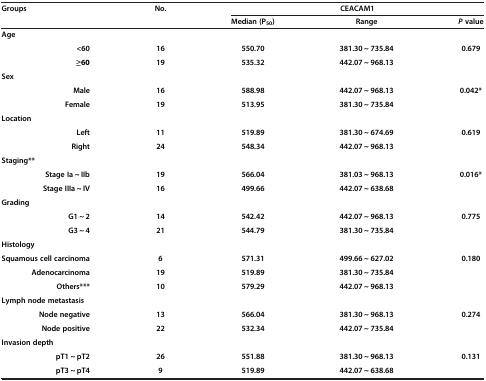
<table><thead><tr><td><b>Groups</b></td><td><b>No.</b></td><td colspan="3"><b>CEACAM1</b></td></tr><tr><td><b> </b></td><td><b> </b></td><td><b>Median (P<sub>50</sub>)</b></td><td><b>Range</b></td><td><b><i>P </i>value</b></td></tr></thead><tbody><tr><td><b>Age</b></td><td> </td><td> </td><td> </td><td> </td></tr><tr><td><b>&lt;60</b></td><td><b>16</b></td><td><b>550.70</b></td><td><b>381.30 ~ 735.84</b></td><td rowspan="2"><b>0.679</b></td></tr><tr><td><b>≥60</b></td><td><b>19</b></td><td><b>535.32</b></td><td><b>442.07 ~ 968.13</b></td></tr><tr><td><b>Sex</b></td><td> </td><td> </td><td> </td><td> </td></tr><tr><td><b>Male</b></td><td><b>16</b></td><td><b>588.98</b></td><td><b>442.07 ~ 968.13</b></td><td rowspan="2"><b>0.042*</b></td></tr><tr><td><b>Female</b></td><td><b>19</b></td><td><b>513.95</b></td><td><b>381.30 ~ 735.84</b></td></tr><tr><td><b>Location</b></td><td> </td><td> </td><td> </td><td> </td></tr><tr><td><b>Left</b></td><td><b>11</b></td><td><b>519.89</b></td><td><b>381.30 ~ 674.69</b></td><td rowspan="2"><b>0.619</b></td></tr><tr><td><b>Right</b></td><td><b>24</b></td><td><b>548.34</b></td><td><b>442.07 ~ 968.13</b></td></tr><tr><td><b>Staging**</b></td><td> </td><td> </td><td> </td><td> </td></tr><tr><td><b>Stage Ia ~ IIb</b></td><td><b>19</b></td><td><b>566.04</b></td><td><b>381.03 ~ 968.13</b></td><td rowspan="2"><b>0.016*</b></td></tr><tr><td><b>Stage IIIa ~ IV</b></td><td><b>16</b></td><td><b>499.66</b></td><td><b>442.07 ~ 638.68</b></td></tr><tr><td><b>Grading</b></td><td> </td><td> </td><td> </td><td> </td></tr><tr><td><b>G1 ~ 2</b></td><td><b>14</b></td><td><b>542.42</b></td><td><b>442.07 ~ 968.13</b></td><td rowspan="2"><b>0.775</b></td></tr><tr><td><b>G3 ~ 4</b></td><td><b>21</b></td><td><b>544.79</b></td><td><b>381.30 ~ 735.84</b></td></tr><tr><td><b>Histology</b></td><td> </td><td> </td><td> </td><td> </td></tr><tr><td><b>Squamous cell carcinoma</b></td><td><b>6</b></td><td><b>571.31</b></td><td><b>499.66 ~ 627.02</b></td><td rowspan="3"><b>0.180</b></td></tr><tr><td><b>Adenocarcinoma</b></td><td><b>19</b></td><td><b>519.89</b></td><td><b>381.30 ~ 735.84</b></td></tr><tr><td><b>Others***</b></td><td><b>10</b></td><td><b>579.29</b></td><td><b>442.07 ~ 968.13</b></td></tr><tr><td><b>Lymph node metastasis</b></td><td> </td><td> </td><td> </td><td> </td></tr><tr><td><b>Node negative</b></td><td><b>13</b></td><td><b>566.04</b></td><td><b>381.30 ~ 968.13</b></td><td rowspan="2"><b>0.274</b></td></tr><tr><td><b>Node positive</b></td><td><b>22</b></td><td><b>532.34</b></td><td><b>442.07 ~ 735.84</b></td></tr><tr><td><b>Invasion depth</b></td><td> </td><td> </td><td> </td><td> </td></tr><tr><td><b>pT1 ~ pT2</b></td><td><b>26</b></td><td><b>551.88</b></td><td><b>381.30 ~ 968.13</b></td><td rowspan="2"><b>0.131</b></td></tr><tr><td><b>pT3 ~ pT4</b></td><td><b>9</b></td><td><b>519.89</b></td><td><b>442.07 ~ 638.68</b></td></tr></tbody></table>